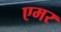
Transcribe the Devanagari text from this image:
एमर